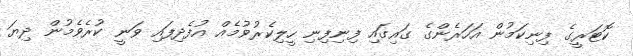
ކޮޓަރީގެ ފިނިކަމުން އަހަރެންގެ ގައިގައި ފިނިފިނި ހީލިކެރުވުމެއް އުފެދިފައި ވަނީ ކުރެވެމުން ދިޔަ